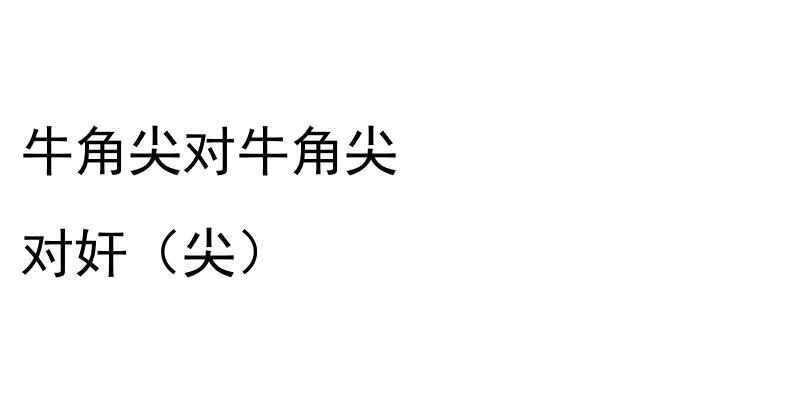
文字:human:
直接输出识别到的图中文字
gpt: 牛角尖对牛角尖 对奸（尖）